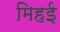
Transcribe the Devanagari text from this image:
मिहई